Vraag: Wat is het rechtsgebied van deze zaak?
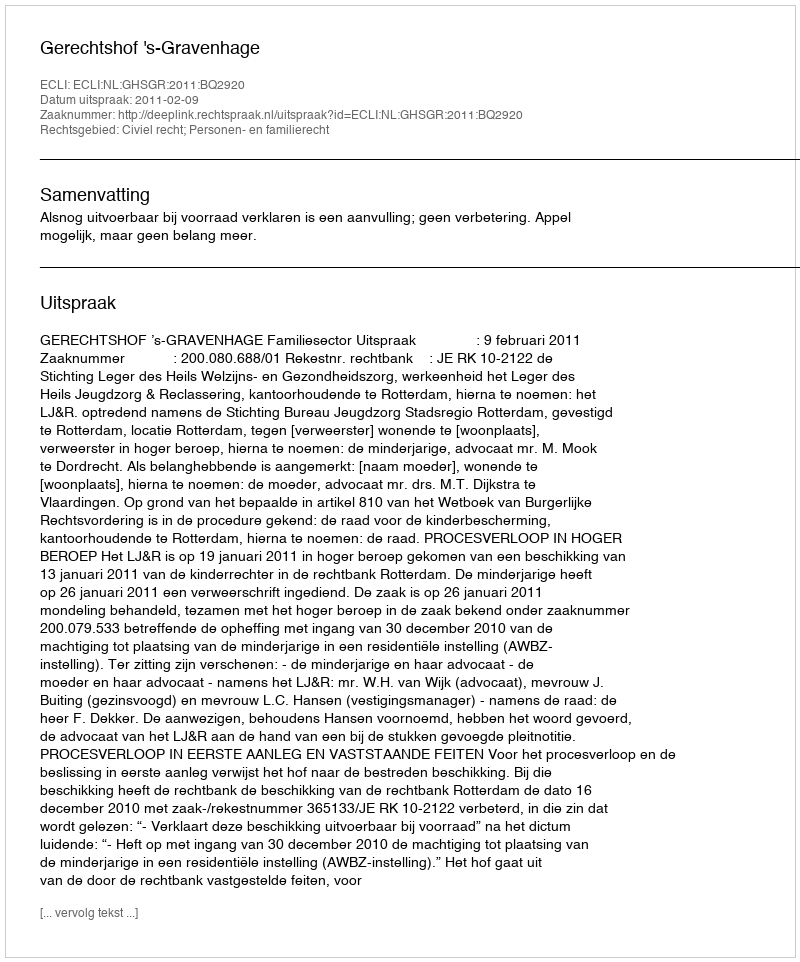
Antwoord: Civiel recht; Personen- en familierecht